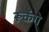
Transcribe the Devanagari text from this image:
रूकेंगे